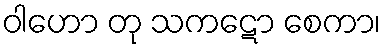
ဝါဟော တု သကဋော စေကာ၊